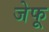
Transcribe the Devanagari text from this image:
जेफू